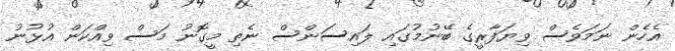
އެހެން ނަމަވެސް ވިޔަފާރީގެ ބޭނުމުގައި ލައިސަންސް ނެތި މީގޮނު މަސް ވިއްކަން އުޅުނު